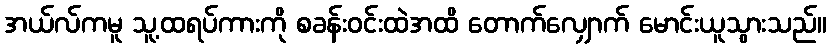
အယ်လ်ကမူ သူ့ထရပ်ကားကို စခန်းဝင်းထဲအထိ တောက်လျှောက် မောင်းယူသွားသည်။